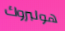
هولبروك